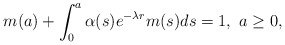
\begin{align*} m(a)+\int_0^a\alpha(s)e^{-\lambda r}m(s)ds=1, \ a\geq 0,\end{align*}